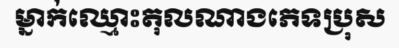
ម្នាក់ឈ្មោះតុលណាងភេទប្រុស